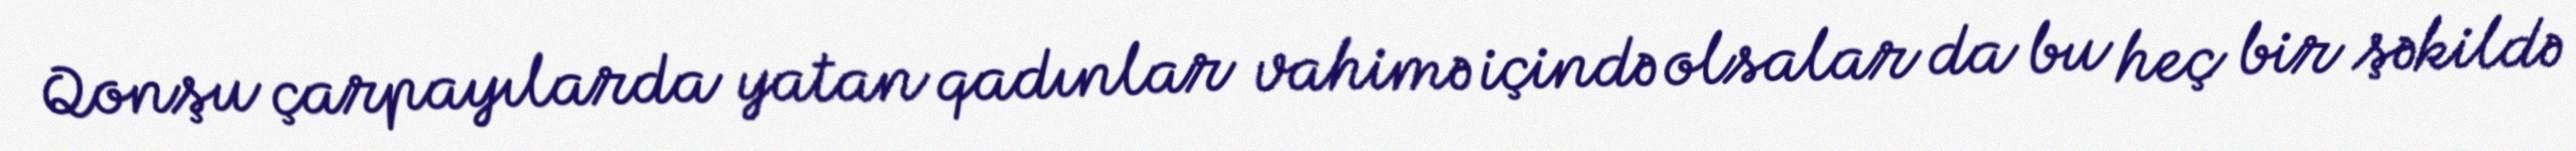
Qonşu çarpayılarda yatan qadınlar vahimə içində olsalar da bu heç bir şəkildə